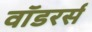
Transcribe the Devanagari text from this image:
वॉडरर्स